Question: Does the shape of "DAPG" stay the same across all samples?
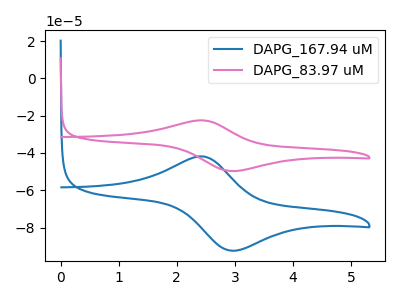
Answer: <think>The blue curve "DAPG_167.94 uM" has an anodic peak at (2.40V, -41.80uA) and a cathodic peak at (2.95V, -92.35uA). The pink curve "DAPG_83.97 uM" has an anodic peak at (2.40V, -22.50uA) and a cathodic peak at (2.95V, -49.70uA).
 All the peaks in "DAPG_167.94 uM" have a peak in "DAPG_83.97 uM" at the same potential.</think>
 <answer>All the CV's of "DAPG" have similar shape.</answer>
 <eval>follow_rule</eval>